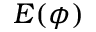
E ( \phi )